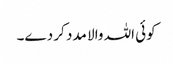
کوئی اللہ والا مدد کر دے۔